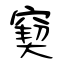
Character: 窫